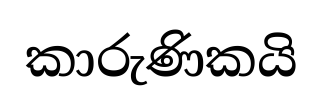
කාරුණිකයි